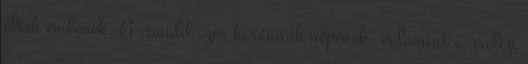
éltek emberek. A vonaldíszes kerámiák népének, valamint a zselizi